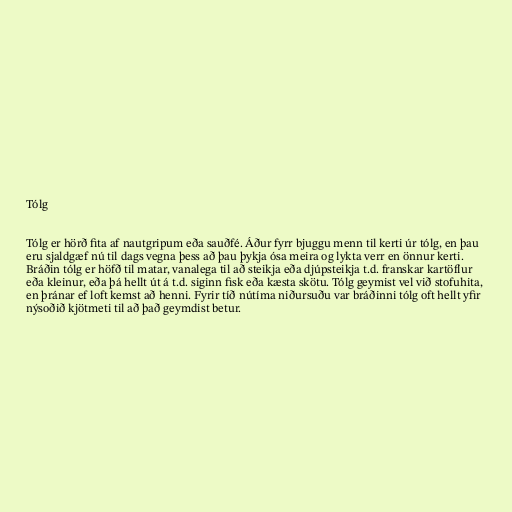
Tólg

Tólg er hörð fita af nautgripum eða sauðfé. Áður fyrr bjuggu menn til kerti úr tólg, en þau
eru sjaldgæf nú til dags vegna þess að þau þykja ósa meira og lykta verr en önnur kerti.
Bráðin tólg er höfð til matar, vanalega til að steikja eða djúpsteikja t.d. franskar kartöflur
eða kleinur, eða þá hellt út á t.d. siginn fisk eða kæsta skötu. Tólg geymist vel við stofuhita,
en þránar ef loft kemst að henni. Fyrir tíð nútíma niðursuðu var bráðinni tólg oft hellt yfir
nýsoðið kjötmeti til að það geymdist betur.